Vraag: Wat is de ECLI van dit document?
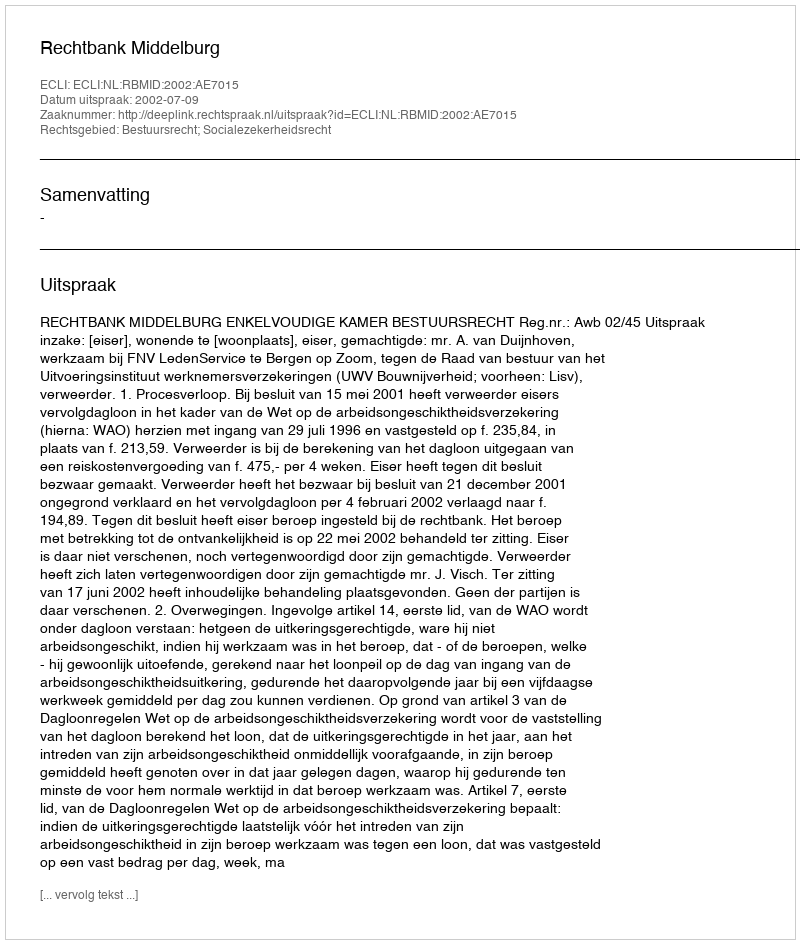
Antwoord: ECLI:NL:RBMID:2002:AE7015